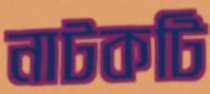
নাটকটি